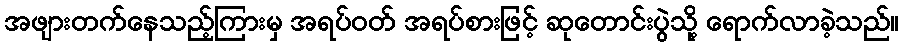
အဖျားတက်နေသည့်ကြားမှ အရပ်ဝတ် အရပ်စားဖြင့် ဆုတောင်းပွဲသို့ ရောက်လာခဲ့သည်။